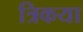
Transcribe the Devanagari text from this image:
त्रिकया